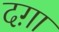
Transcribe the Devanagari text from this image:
दग़ा